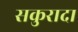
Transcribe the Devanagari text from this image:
सकुरादा